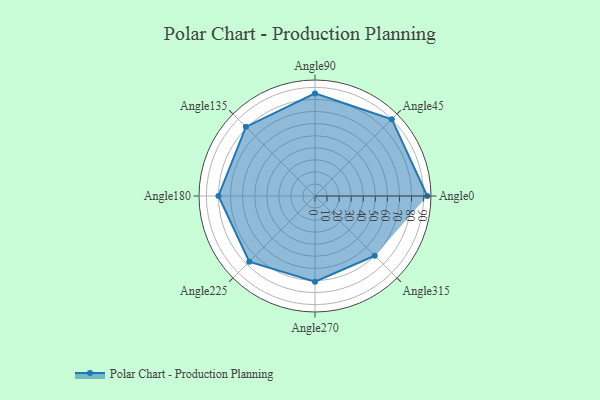
{"axis": {"x": "Angle", "y": "Radius"}, "legend": [""], "data": [{"x": "Angle0", "y": 93.0, "type": ""}, {"x": "Angle45", "y": 90.0, "type": ""}, {"x": "Angle90", "y": 85.0, "type": ""}, {"x": "Angle135", "y": 81.0, "type": ""}, {"x": "Angle180", "y": 80.0, "type": ""}, {"x": "Angle225", "y": 77.0, "type": ""}, {"x": "Angle270", "y": 71.0, "type": ""}, {"x": "Angle315", "y": 70.0, "type": ""}]}